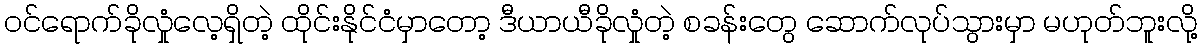
ဝင်ရောက်ခိုလှုံလေ့ရှိတဲ့ ထိုင်းနိုင်ငံမှာတော့ ဒီယာယီခိုလှုံတဲ့ စခန်းတွေ ဆောက်လုပ်သွားမှာ မဟုတ်ဘူးလို့